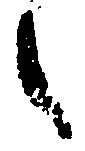
之